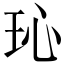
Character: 𪻒